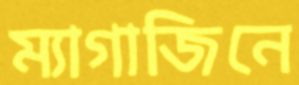
ম্যাগাজিনে